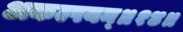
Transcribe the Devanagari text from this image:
अकल्पयन्॥१४॥